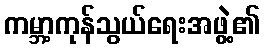
ကမ္ဘာ့ကုန်သွယ်ရေးအဖွဲ့၏